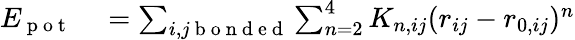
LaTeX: \begin{array}{rl}{E_{\mathrm{~p~o~t~}}}&{{}=\sum_{i,j\mathrm{~b~o~n~d~e~d~}}\sum_{n=2}^{4}K_{n,ij}(r_{ij}-r_{0,ij})^{n}}\end{array}